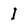
Character: I